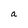
Character: a